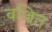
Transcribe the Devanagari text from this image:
वञ्चित